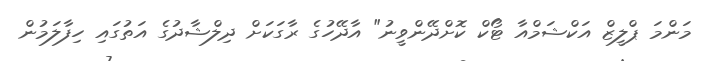
މަންމަ ޕްލީޒް އަކްޝަމްއާ ޓޯކް ކޮށްދޭންވީނު" އާދޭހުގެ ރާގަކަށް ދިލްޝާދުގެ އަތުގައި ހިފާލަމުން